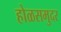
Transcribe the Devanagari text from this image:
होळसमुदर